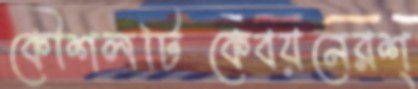
কৌশলটিকেবয়নেরশ্